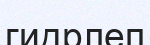
гидрлеп